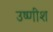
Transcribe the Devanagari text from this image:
उष्णीश